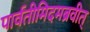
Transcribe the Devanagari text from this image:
पार्वतीमिदमब्रवीत्